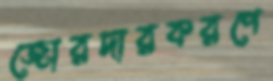
জোরদারকরণে